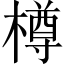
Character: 樽